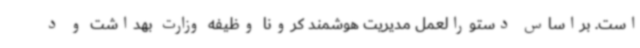
است. براساس دستورالعمل مدیریت هوشمند کرونا وظیفه وزارت بهداشت و د